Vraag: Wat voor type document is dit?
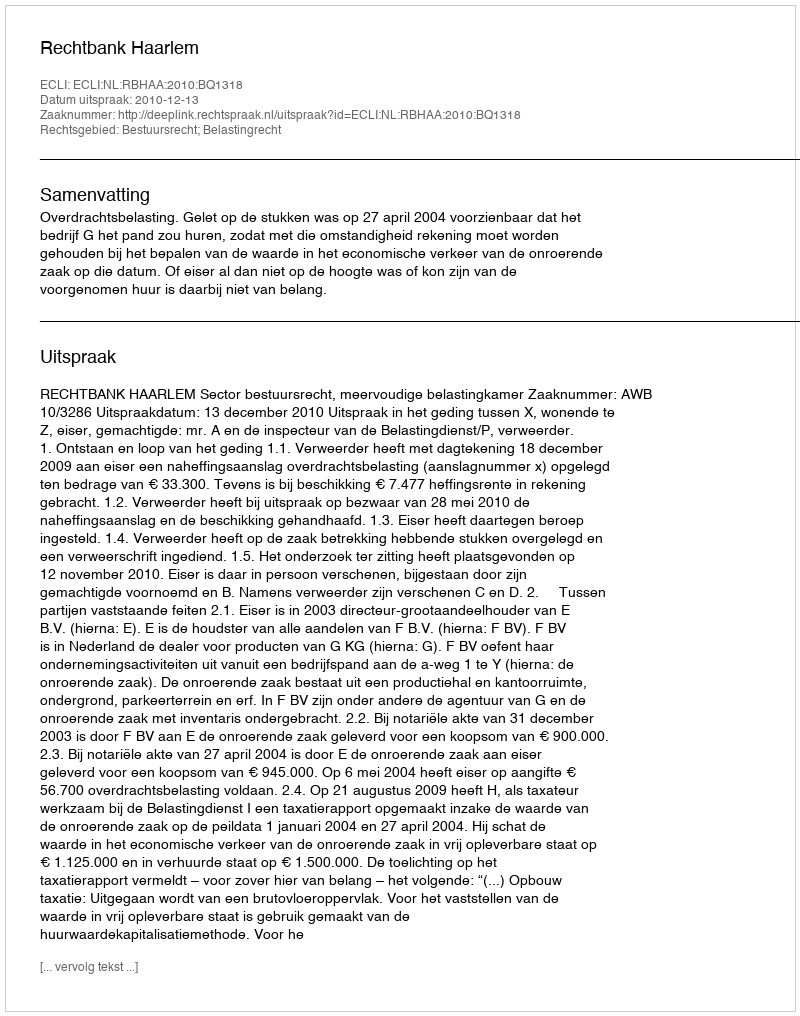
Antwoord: Uitspraak